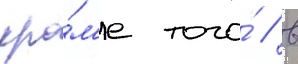
кро́м'е того́ / в